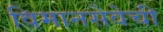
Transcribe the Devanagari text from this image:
विमानसेवेची